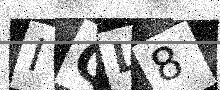
Text: IQL8